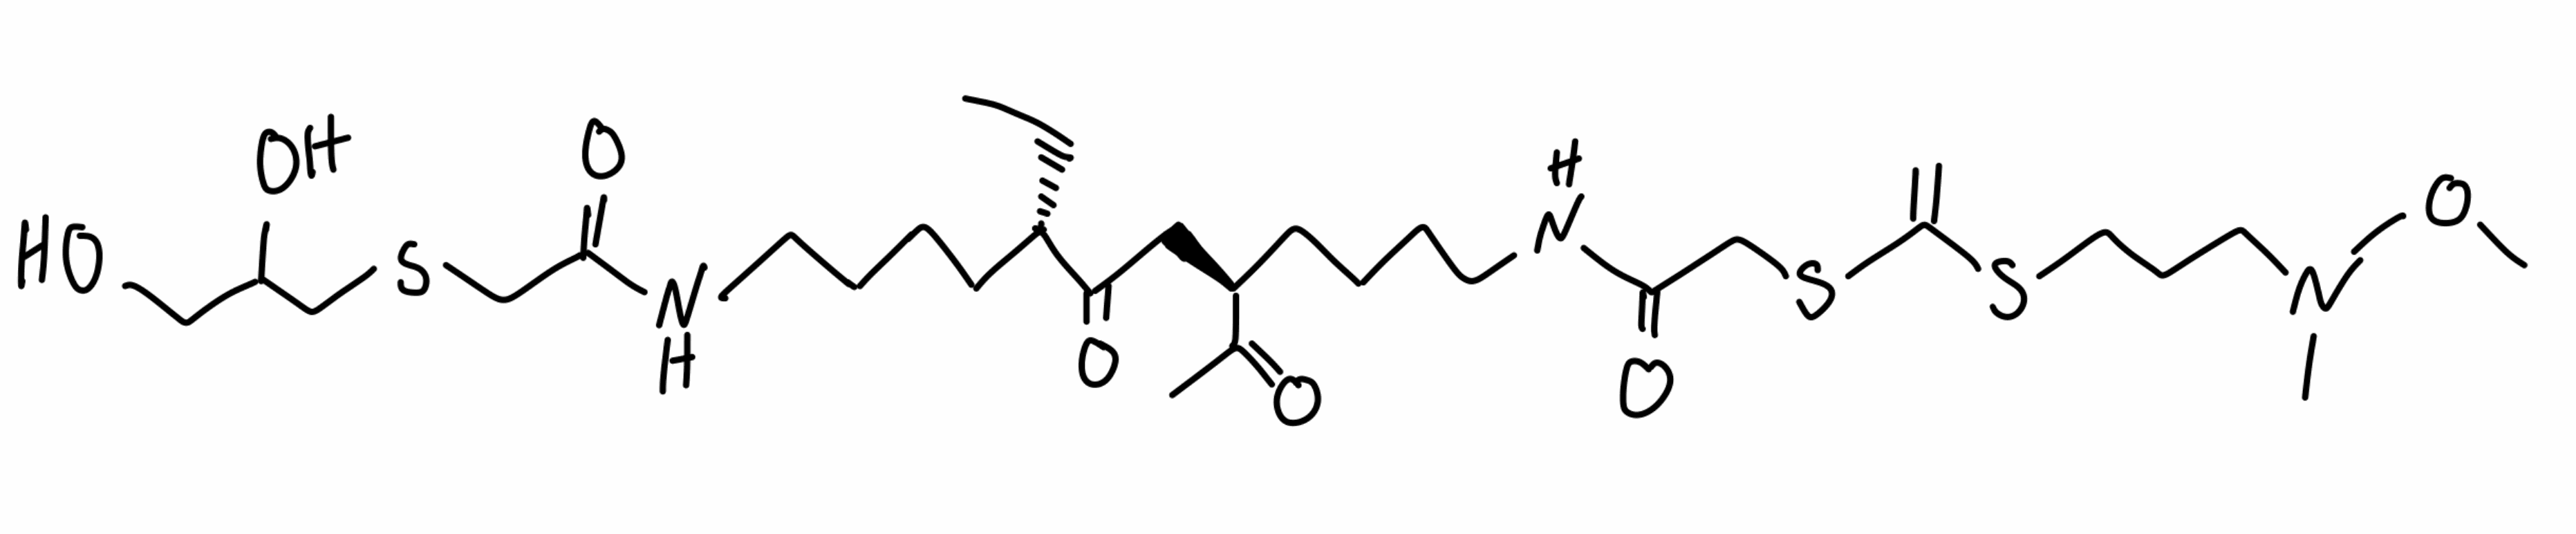
Simplified molecular-input line-entry system (SMILES) notation of the given molecule:
CC[C@@H](CCCCNC(=O)CSCC(CO)O)C(=O)C[C@@H](CCCCNC(=O)CSC(=C)SCCCN(C)OC)C(=O)C